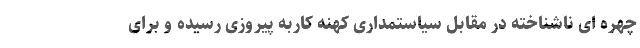
چهره ای ناشناخته در مقابل سیاستمداری کهنه کاربه پیروزی رسیده و برای